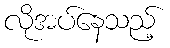
လိုအပ်နေသည့်